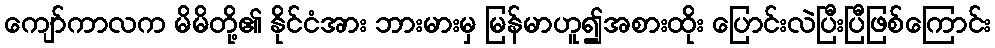
ကျော်ကာလက မိမိတို့၏ နိုင်ငံအား ဘားမားမှ မြန်မာဟူ၍အစားထိုး ပြောင်းလဲပြီးပြီဖြစ်ကြောင်း